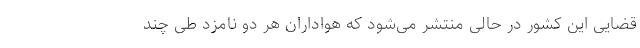
قضایی این کشور در حالی منتشر می‌شود که هواداران هر دو نامزد طی چند